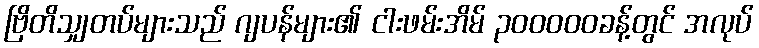
ဗြိတိသျှတပ်များသည် ဂျပန်များ၏ ငါးဖမ်းအိမ် ၃၀၀၀၀၀ခန့်တွင် အလုပ်